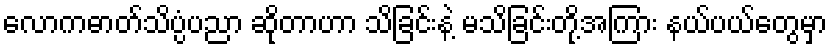
လောကဓာတ်သိပ္ပံပညာ ဆိုတာဟာ သိခြင်းနဲ့ မသိခြင်းတို့အကြား နယ်ပယ်တွေမှာ